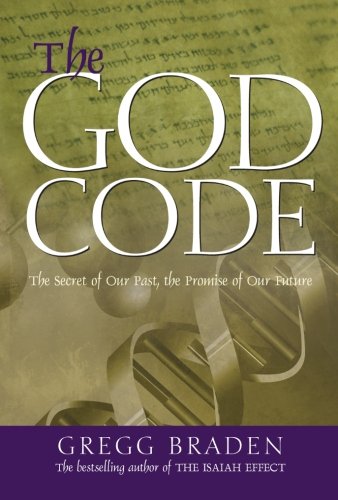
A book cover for The God Code:The Secret of our Past, the Promise of our Future; Gregg Braden; Christian Books & Bibles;